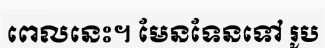
ពេលនេះ។ មែនទែនទៅ រូប